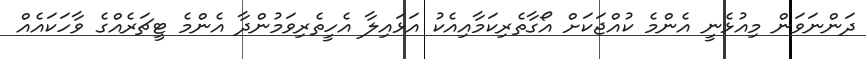
ދަންނަވަން މިއުޅެނީ އެންމެ ކުއްޖަކަށް އޯގާތެރިކަމާއިއެކު އަޅައިލާ އެހީތެރިވަމުންދާ އެންމެ ޓީޗަރެއްގެ ވާހަކައެއް